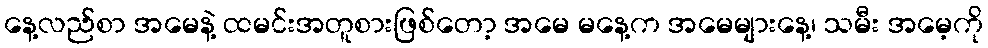
နေ့လည်စာ အမေနဲ့ ထမင်းအတူစားဖြစ်တော့ အမေ မနေ့က အမေများနေ့၊ သမီး အမေ့ကို